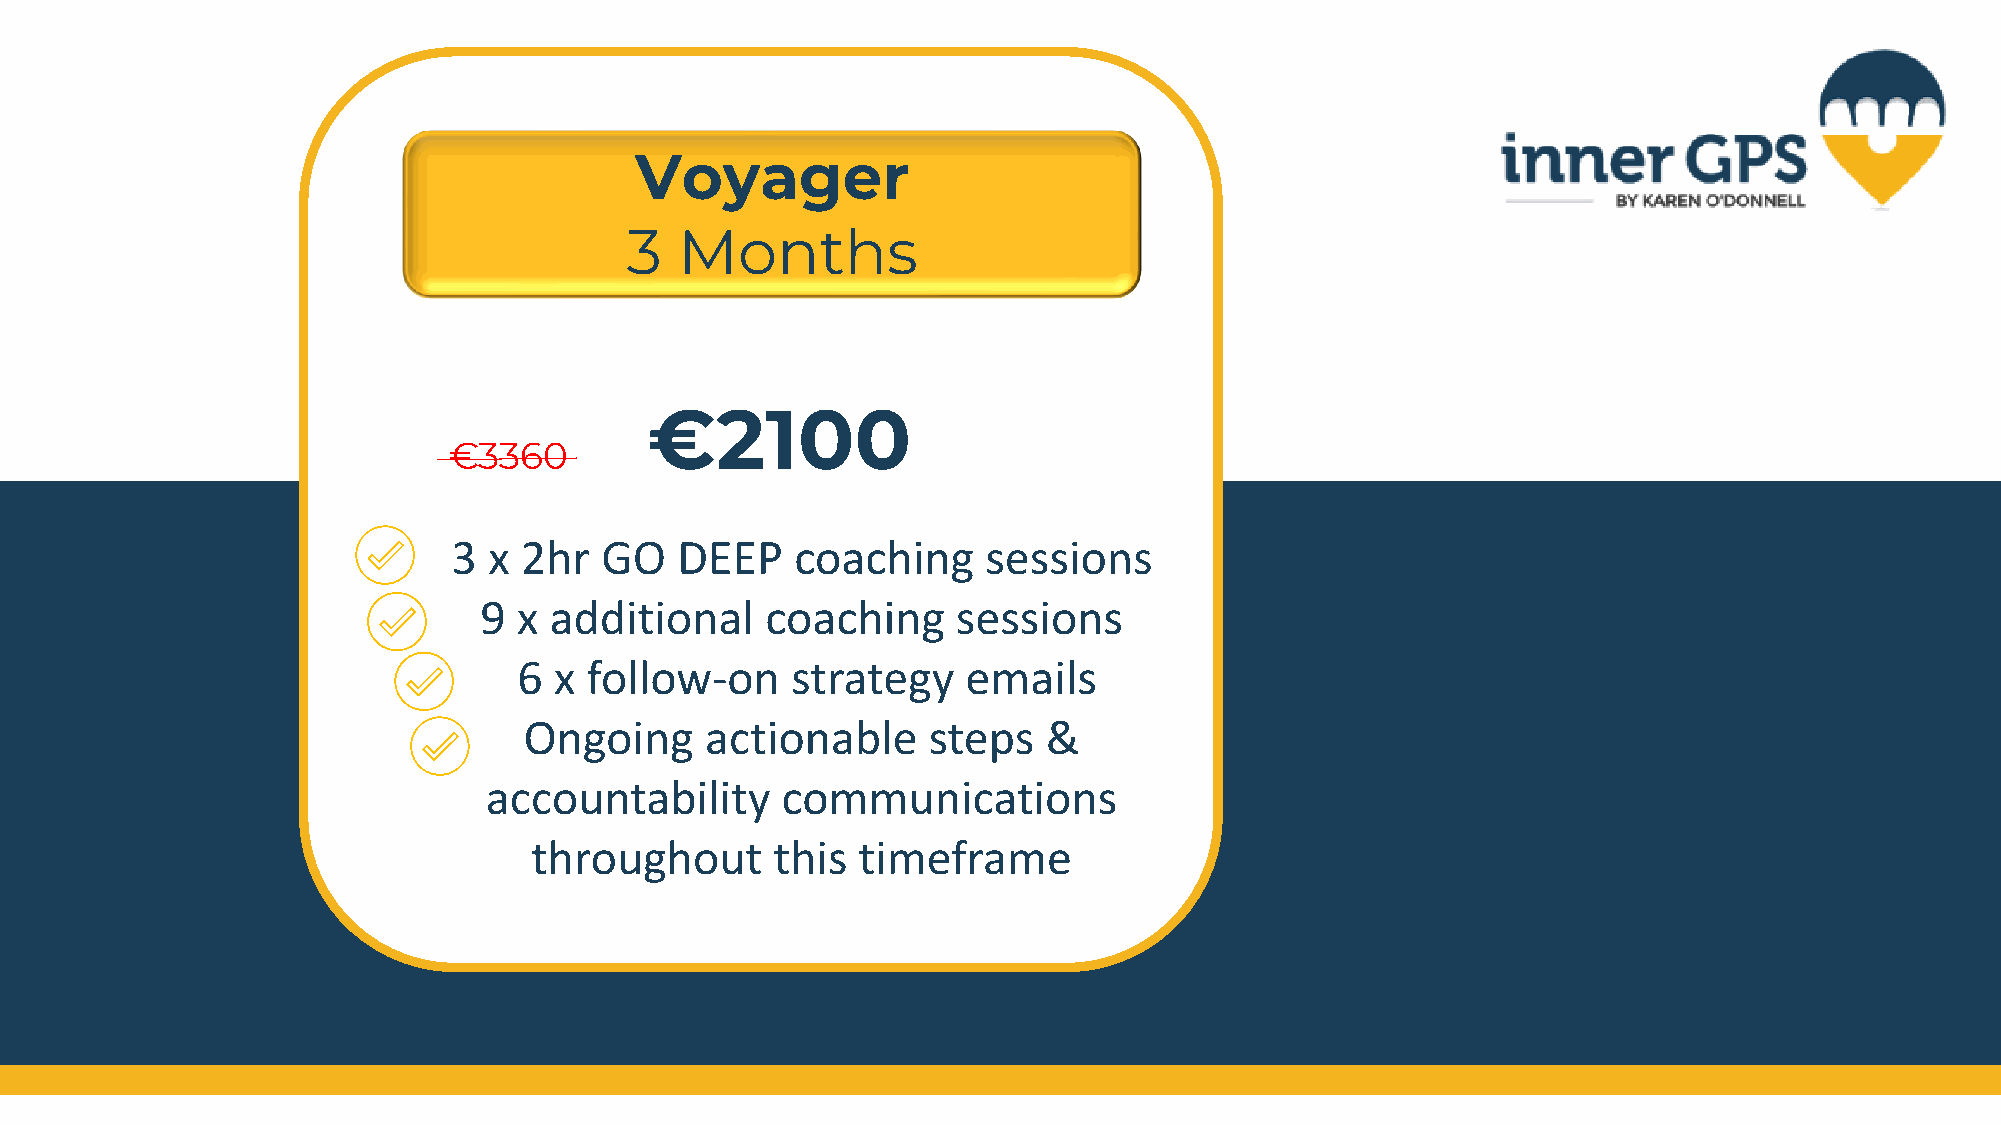
Voyager
 3   Months
 €2100
 €3360
 T
 3 x 2hr   GO   DEEP    coaching    sessions
 9 x additional     coaching    sessions
 6  x follow-on    strategy    emails
 Ongoing     actionable    steps   &
 accountability      communications
 throughout      this  timeframe